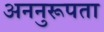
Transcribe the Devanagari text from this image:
अननुरूपता